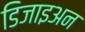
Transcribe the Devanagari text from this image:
डिजाइअन